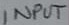
Text: INPUT